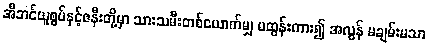
အီဘင်ယူစွပ်နှင့်ဇနီးတို့မှာ သားသမီးတစ်ယောက်မျှ မထွန်းကား၍ အလွန် မချမ်းမသာ